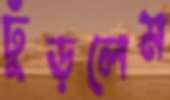
ঢুঁড়লেম